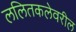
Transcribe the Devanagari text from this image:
ललितकलेवरील